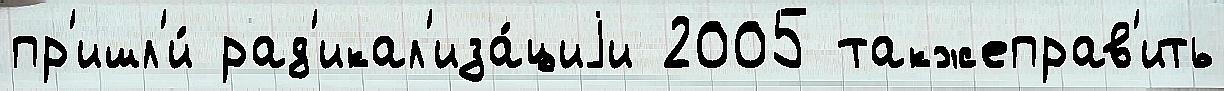
пр'ишл'и́ рад'икал'иза́циjи 2005 такжеправ'ить